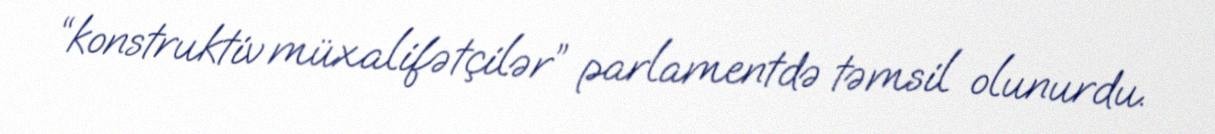
“konstruktiv müxalifətçilər” parlamentdə təmsil olunurdu.